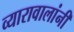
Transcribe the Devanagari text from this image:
व्यारावालांनी